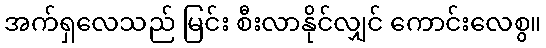
အက်ရှလေသည် မြင်း စီးလာနိုင်လျှင် ကောင်းလေစွ။